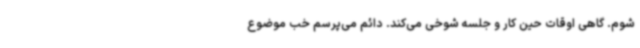
شوم. گاهی اوقات حین کار و جلسه شوخی می‌کند. دائم می‌پرسم خب موضوع